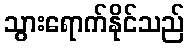
သွားရောက်နိုင်သည်